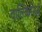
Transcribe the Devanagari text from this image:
वाल्किरिज़